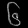
Digit: ၆